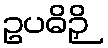
ဥပဓိဉှိ